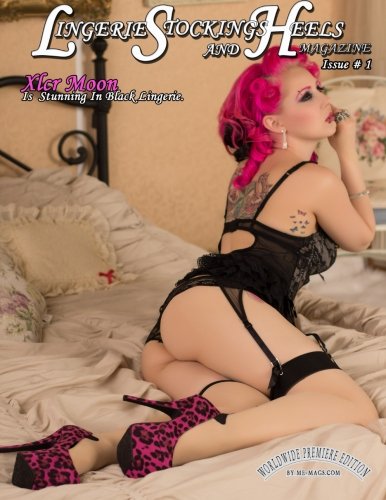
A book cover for LSH Magazine: Xlcr Moon Cover Model (Lingerie,Stockings & Heels) (Volume 1); Michael Enoches; Arts & Photography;